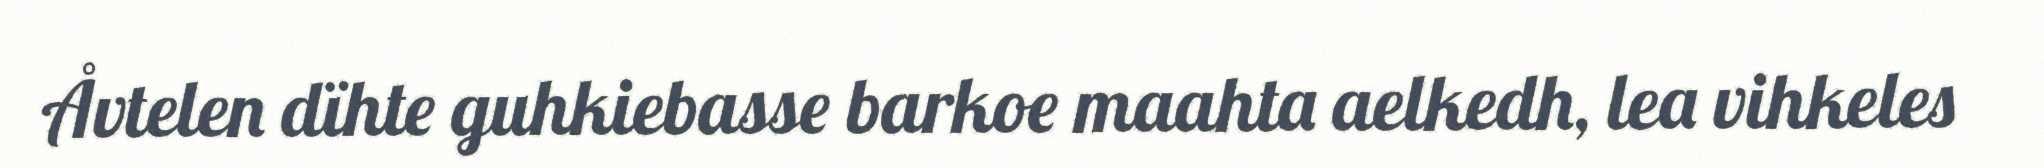
Åvtelen dïhte guhkiebasse barkoe maahta aelkedh, lea vihkeles